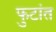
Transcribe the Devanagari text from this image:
फुटांत